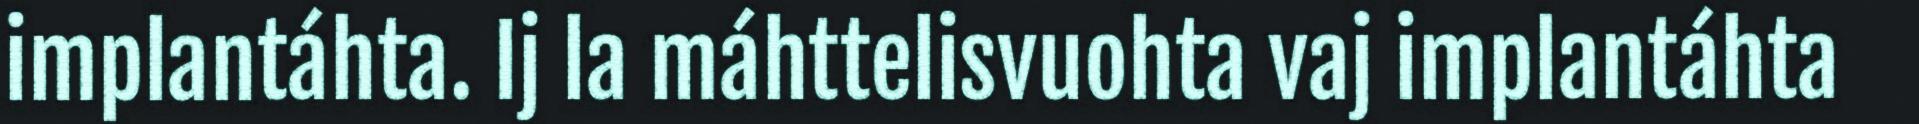
implantáhta. Ij la máhttelisvuohta vaj implantáhta